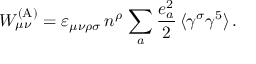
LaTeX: W _ { \mu \nu } ^ { \mathrm { ( A ) } } = \varepsilon _ { \mu \nu \rho \sigma } \, n ^ { \rho } \, \sum _ { a } \frac { e _ { a } ^ { 2 } } { 2 } \, \langle \gamma ^ { \sigma } \gamma ^ { 5 } \rangle \, .